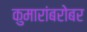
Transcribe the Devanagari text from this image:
कुमारांबरोबर